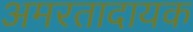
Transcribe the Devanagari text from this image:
अमरतादायक